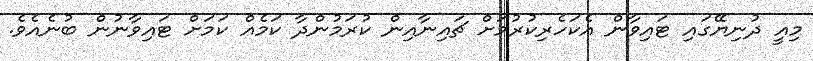
މިއީ ދުނިޔޭގައި ޓައިވާން އެކަހެރިކުރުމަށް ޗައިނާއިން ކުރަމުންދާ ކަމެއް ކަމަށް ޓައިވާނުން ބުނެއެވެ.